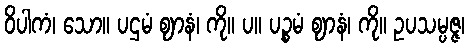
ဝိပါကံ၊ သော။ ပဌမံ ဈာနံ၊ ကို။ ပ။ ပဉ္စမံ ဈာနံ၊ ကို။ ဥပသမ္ပဇ္ဇ၊